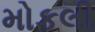
મોકલી